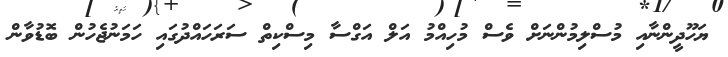
ޔަހޫދީންނާއި މުސްލިމުންނަށް ވެސް މުހިއްމު އަލް އަގްސާ މިސްކިތް ސަރަހައްދުގައި ހަމަނުޖެހުން ބޮޑުވާން